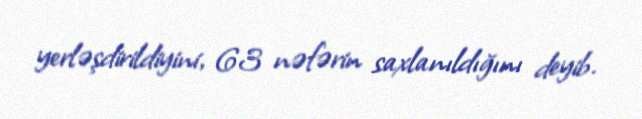
yerləşdirildiyini, 63 nəfərin saxlanıldığını deyib.